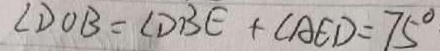
\angle D O B = \angle D B E + \angle A E D = 7 5 ^ { \circ }